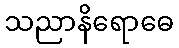
သညာနိရောဓေ